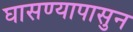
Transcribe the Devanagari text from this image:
घासण्यापासुन